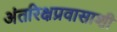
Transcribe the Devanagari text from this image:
अंतरिक्षप्रवासाशी